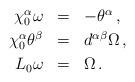
LaTeX: \begin{align*} \renewcommand{\arraystretch}{1.2} \begin{array}{rcl} \chi^\alpha_0 \omega &=& -\theta^\alpha\,, \\ \chi^\alpha_0 \theta^\beta &=& d^{\alpha\beta} \Omega\,, \\ L_0 \omega &=& \Omega\,. \end{array}\end{align*}